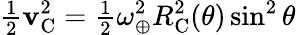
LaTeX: {\textstyle\frac{1}{2}}\boldsymbol{\mathrm{v}}_{\mathrm{C}}^{2}={\textstyle\frac{1}{2}}\omega_{\oplus}^{2}R_{\mathrm{C}}^{2}(\theta)\sin^{2}\theta